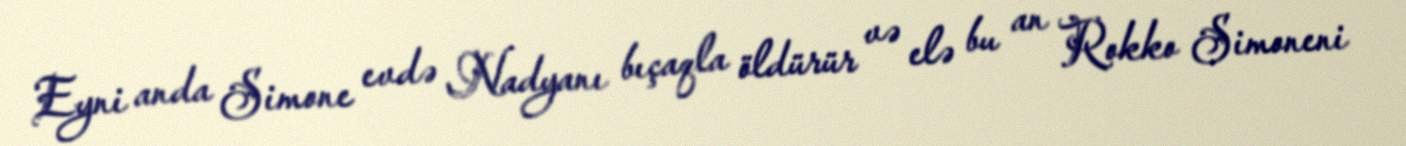
Eyni anda Simone evdə Nadyanı bıçaqla öldürür və elə bu an Rokko Simoneni